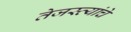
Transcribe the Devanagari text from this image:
तेजस्व्यांचे